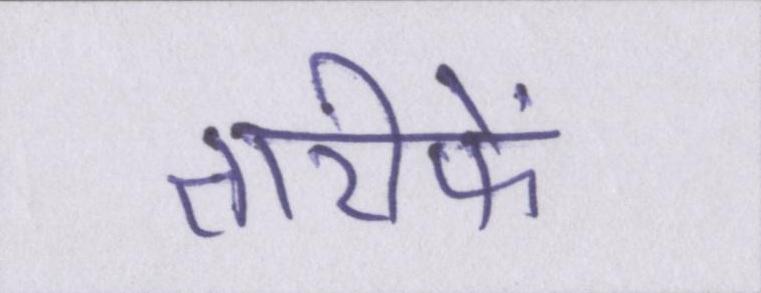
तारीफें